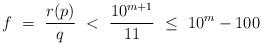
LaTeX: \begin{align*} f\ =\ \frac{r(p)}{q}\ <\ \frac{10^{m+1}}{11}\ \le \ 10^m-100\end{align*}